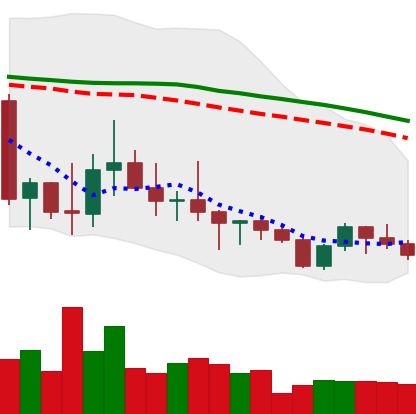
Ticker: ADA-USD
Chart end date: 2022-10-07
Forward return: -10.139%
Label: down_7plus